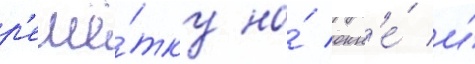
р'ешё́тку на́ окн'е́ и́